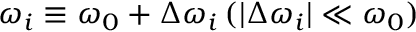
\omega _ { i } \equiv \omega _ { 0 } + \Delta \omega _ { i } \, ( | \Delta \omega _ { i } | \ll \omega _ { 0 } )